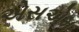
એસએમ